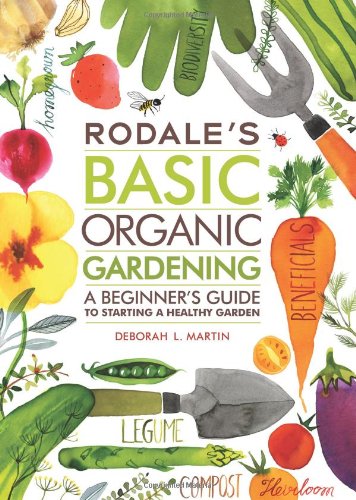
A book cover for Rodale's Basic Organic Gardening: A Beginner's Guide to Starting a Healthy Garden; Deborah L. Martin; Crafts, Hobbies & Home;